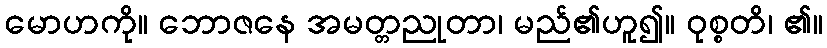
မောဟကို။ ဘောဇနေ အမတ္တညုတာ၊ မည်၏ဟူ၍။ ဝုစ္စတိ၊ ၏။